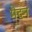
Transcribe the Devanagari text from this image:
मेदन